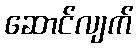
ဆောင်လျက်